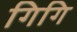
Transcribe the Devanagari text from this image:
गिगि